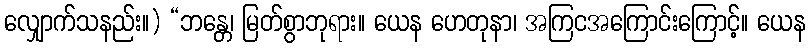
လျှောက်သနည်း။) “ဘန္တေ၊ မြတ်စွာဘုရား။ ယေန ဟေတုနာ၊ အကြငအကြောင်းကြောင့်။ ယေန